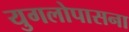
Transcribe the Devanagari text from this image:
युगलोपासना